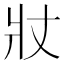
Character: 𭶾